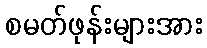
စမတ်ဖုန်းများအား